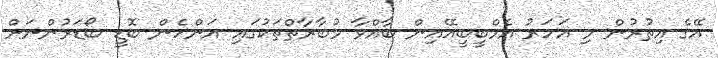
އޭގެ އިތުރުން މި އަހަރު އެމްބީބީއޭއިން ބާއްވާ މުބާރާތްތަކުގައި އަންހެން ބޮޑީ ބޯޑަރުންނަށް